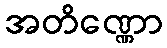
အတိဏ္ဏော